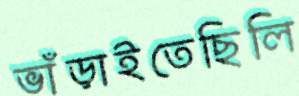
ভাঁড়াইতেছিলি